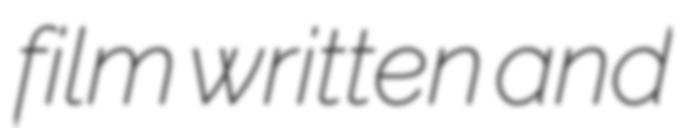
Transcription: film written and